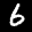
Label: 6